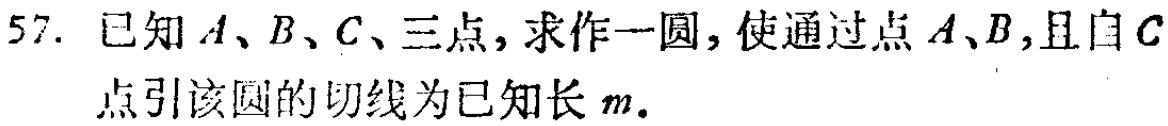
57. 已知 \(A、B、C、\)三点，求作一圆，使通过点 \(A、B\)，且自 \(C\)点引该圆的切线为已知长 \(m\)。